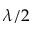
\lambda / 2